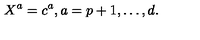
X ^ { a } = c ^ { a } , a = p + 1 , \ldots , d .